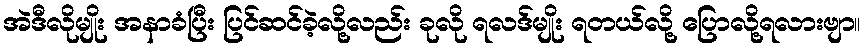
အဲဒီလိုမျိုး အနာခံပြီး ပြင်ဆင်ခဲ့လို့လည်း ခုလို ရလဒ်မျိုး ရတယ်လို့ ပြောလို့ရလားဗျာ။